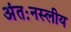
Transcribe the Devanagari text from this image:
अंतःनस्लीय